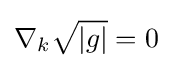
\nabla _{k}{\sqrt {|g|}}=0